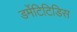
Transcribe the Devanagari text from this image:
डर्मेटिटिडिस